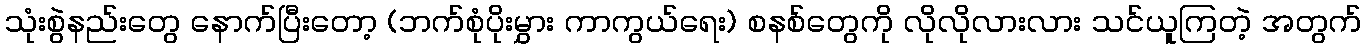
သုံးစွဲနည်းတွေ နောက်ပြီးတော့ (ဘက်စုံပိုးမွှား ကာကွယ်ရေး) စနစ်တွေကို လိုလိုလားလား သင်ယူကြတဲ့ အတွက်